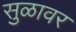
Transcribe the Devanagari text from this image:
सुळावर